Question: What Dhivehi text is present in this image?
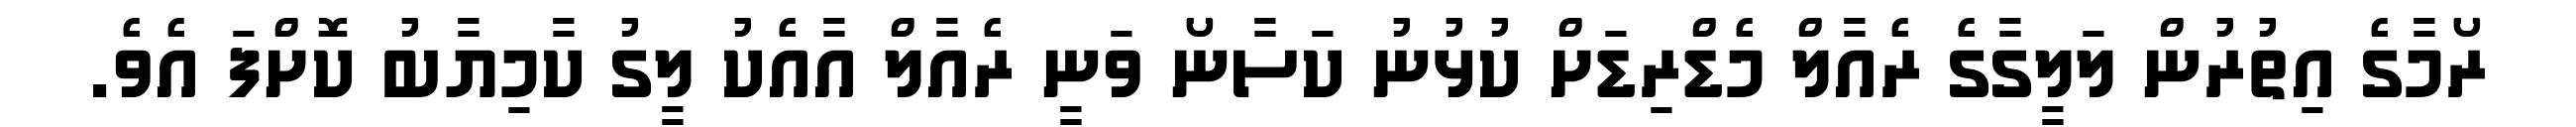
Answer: ރޯމާގެ އިތުރުން ލަލީގާގެ ރެއާލް މެޑްރިޑަށް ކުޅުނު ކަސާނޯ ވަނީ ރެއާލް އާއެކު ލީގު ކާމިޔާބު ކޮށްފަ އެވެ.